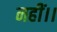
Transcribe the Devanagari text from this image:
नहीं।।